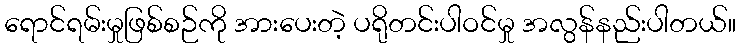
ရောင်ရမ်းမှုဖြစ်စဉ်ကို အားပေးတဲ့ ပရိုတင်းပါဝင်မှု အလွန်နည်းပါတယ်။